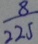
\frac { 8 } { 2 2 5 }